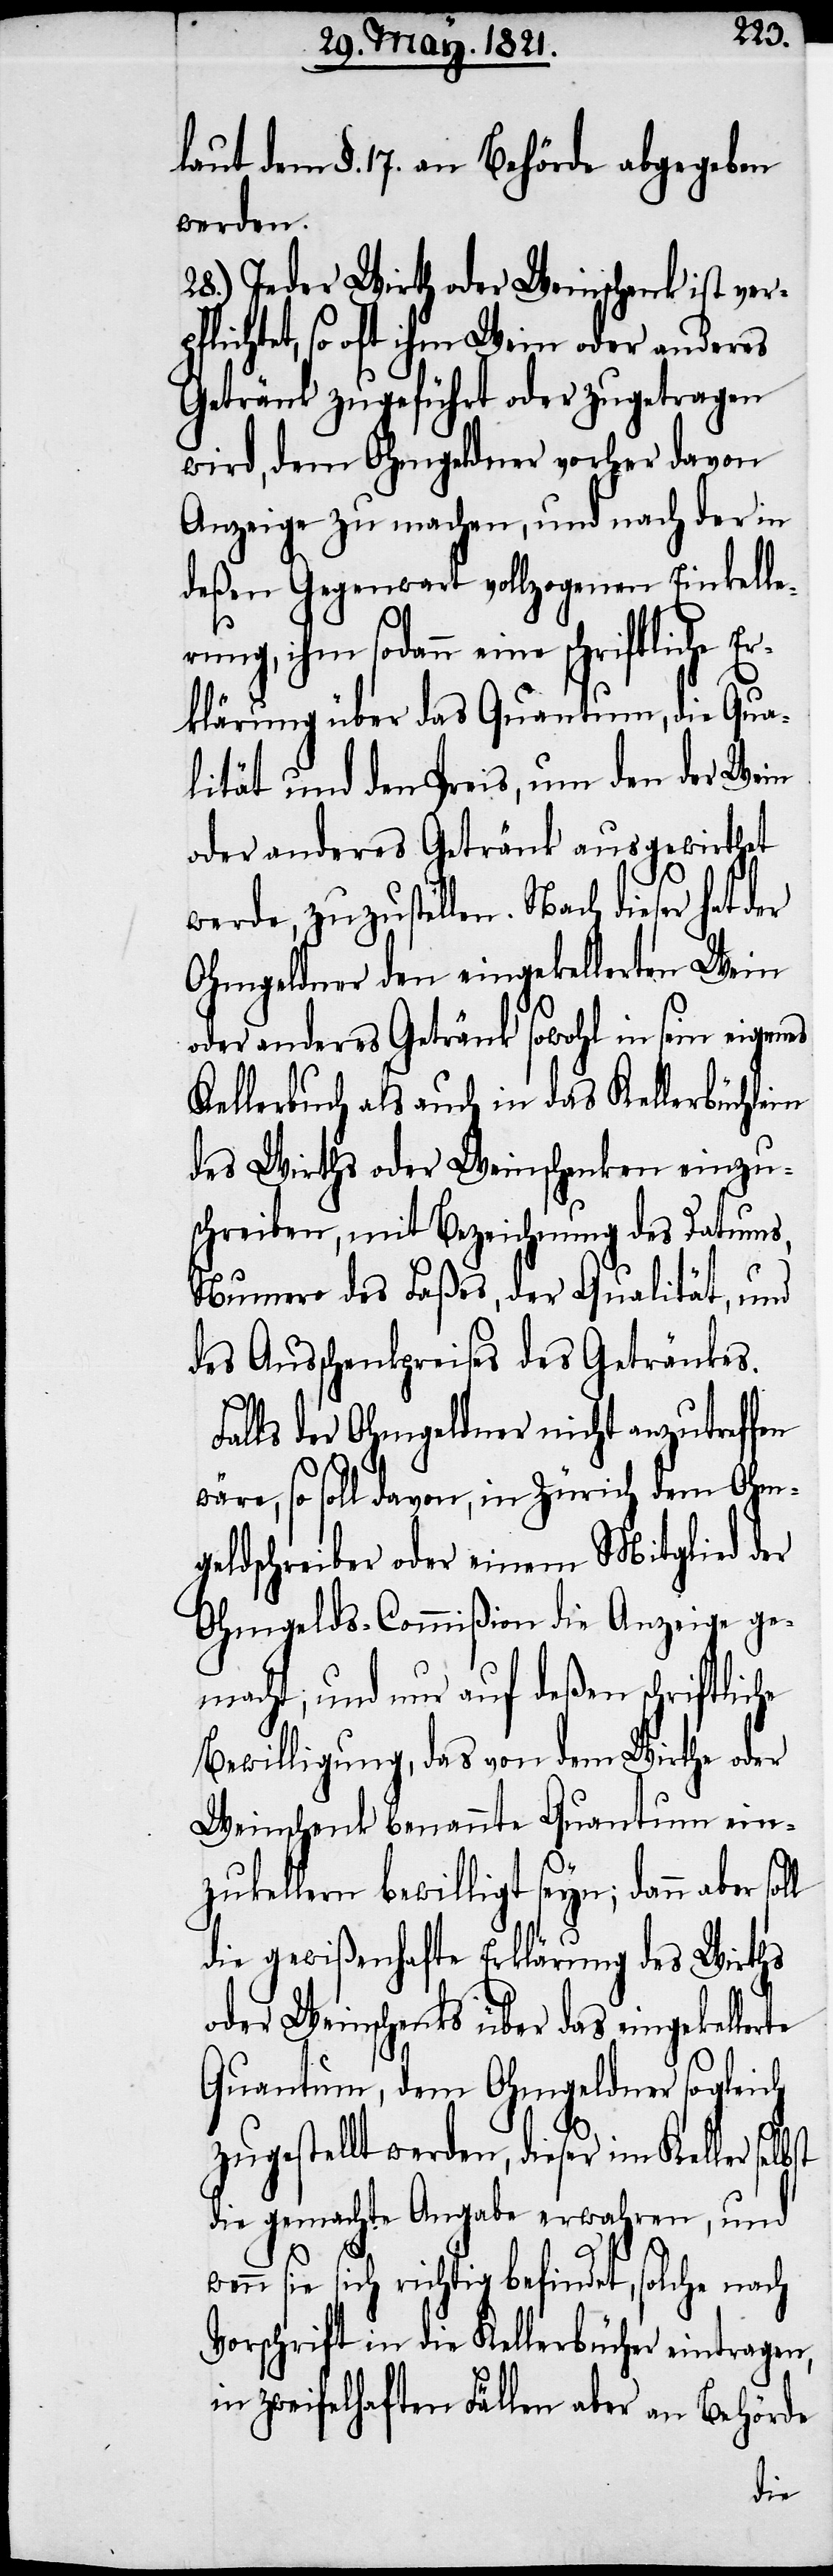
laut dem §. 17. an Behörde abgegeben
werden.
28.) Jeder Wirth oder Weinschenk ist ver¬
pflichtet, so oft ihm Wein oder anderes
Getränk zugeführt oder zugetragen
wird, dem Ohmgeldner vorher davon
Anzeige zu machen, und nach der in
deßen Gegenwart vollzogenen Einkell¬
erung, ihm sodann eine schriftliche E¬
rklärung über das Quantum, die Qua¬
lität und den Preis, um den der Wein
oder anderes Getränk ausgewirthet
werde, zuzustellen. Nach dieser hat
Ohmgeldner den eingekellerten Wein
oder anderes Getränk sowohl in sein eigenes
Kellerbuch als auch in das Kellerbüchlein
des Wirths oder Weinschenken einzu¬
schreiben, mit Bezeichnung des Datums,
Nummer des Faßes, der Qualität, und
des Ausschankpreises des Getränkes.
Falls der Ohmgeldner nicht anzutreffen
wäre, so soll davon, in Zürich dem Ohm¬
geldschreiber oder einem Mitglied der
Ohmgelds-Commißion die Anzeige ge¬
macht; und nur auf deßen schriftlic¬
Bewilligung, das von dem Wirthe oder
Weinschenk benannte Quantum ein¬
zukellern bewilligt seyn; dann aber
die gewißenhafte Erklärung des Wirths
oder Weinschenks über das eingekeller¬
Quantum, dem Ohmgeldner sogleich
zugestellt werden, dieser im Keller
die gemachte Angabe erwahren, und
wenn sie sich richtig befindet, solche nach
Vorschrift in die Kellerbücher eintragen,
in zweifelhaften Fällen aber an Behörde
te